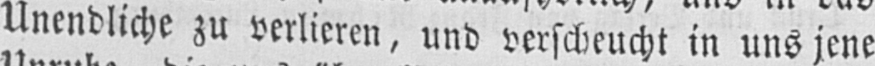
Unendliche zu verlieren, und verscheucht in uns jene